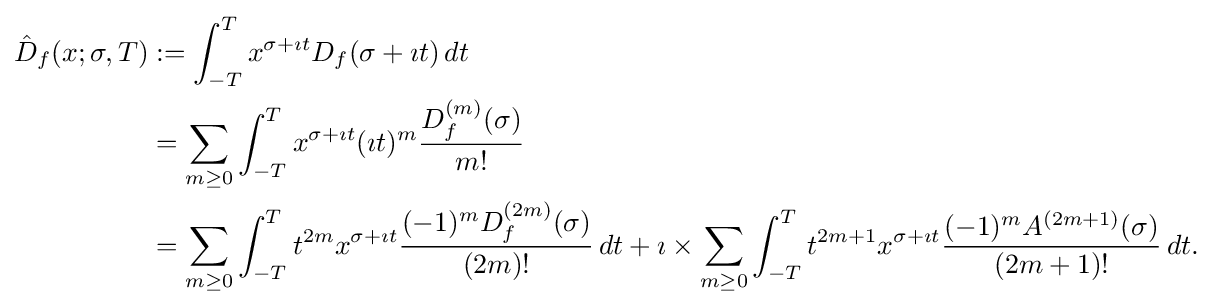
{\begin{aligned}{\hat {D}}_{f}(x;\sigma ,T)&:=\int _{-T}^{T}x^{\sigma +\imath t}D_{f}(\sigma +\imath t)\,dt\\&=\sum _{m\geq 0}\int _{-T}^{T}x^{\sigma +\imath t}(\imath t)^{m}{\frac {D_{f}^{(m)}(\sigma )}{m!}}\\&=\sum _{m\geq 0}\int _{-T}^{T}t^{2m}x^{\sigma +\imath t}{\frac {(-1)^{m}D_{f}^{(2m)}(\sigma )}{(2m)!}}\,dt+\imath \times \sum _{m\geq 0}\int _{-T}^{T}t^{2m+1}x^{\sigma +\imath t}{\frac {(-1)^{m}A^{(2m+1)}(\sigma )}{(2m+1)!}}\,dt.\end{aligned}}